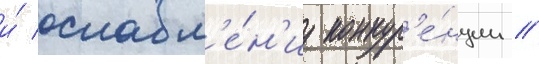
и́ ослабл'е́н'иу конкур'е́нции //